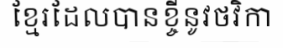
ខ្មែរដែលបានខ្ចីនូវថវិកា